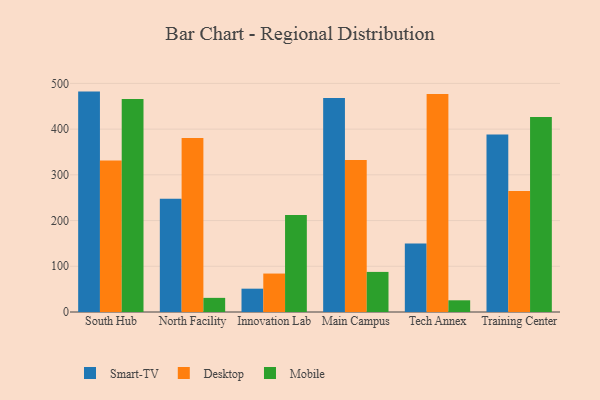
{"axis": {"x": "Campus", "y": "Website Visitors"}, "legend": ["Desktop", "Mobile", "Smart-TV"], "data": [{"x": "South Hub", "y": 482.1, "type": "Smart-TV"}, {"x": "South Hub", "y": 331.4, "type": "Desktop"}, {"x": "South Hub", "y": 465.9, "type": "Mobile"}, {"x": "North Facility", "y": 247.9, "type": "Smart-TV"}, {"x": "North Facility", "y": 380.5, "type": "Desktop"}, {"x": "North Facility", "y": 30.9, "type": "Mobile"}, {"x": "Innovation Lab", "y": 51.0, "type": "Smart-TV"}, {"x": "Innovation Lab", "y": 84.1, "type": "Desktop"}, {"x": "Innovation Lab", "y": 212.1, "type": "Mobile"}, {"x": "Main Campus", "y": 468.3, "type": "Smart-TV"}, {"x": "Main Campus", "y": 332.4, "type": "Desktop"}, {"x": "Main Campus", "y": 87.7, "type": "Mobile"}, {"x": "Tech Annex", "y": 149.9, "type": "Smart-TV"}, {"x": "Tech Annex", "y": 477.1, "type": "Desktop"}, {"x": "Tech Annex", "y": 25.6, "type": "Mobile"}, {"x": "Training Center", "y": 388.5, "type": "Smart-TV"}, {"x": "Training Center", "y": 264.6, "type": "Desktop"}, {"x": "Training Center", "y": 426.8, "type": "Mobile"}]}